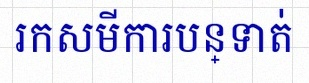
រកសមីការបន្ទាត់